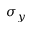
\sigma _ { y }